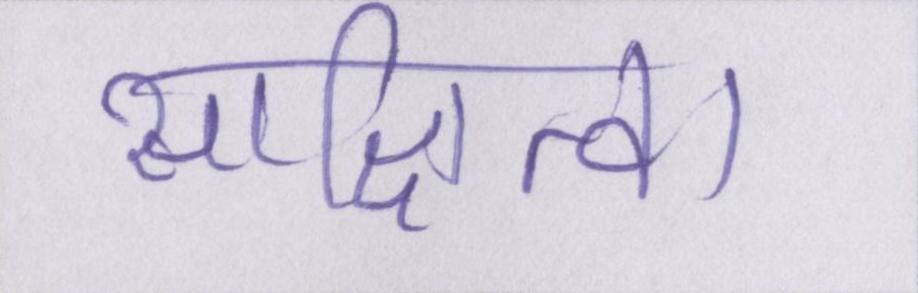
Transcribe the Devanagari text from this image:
साक्षित्व।